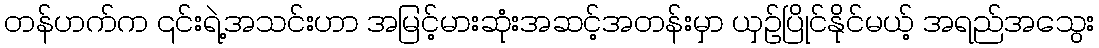
တန်ဟက်က ၎င်းရဲ့အသင်းဟာ အမြင့်မားဆုံးအဆင့်အတန်းမှာ ယှဉ်ပြိုင်နိုင်မယ့် အရည်အသွေး